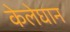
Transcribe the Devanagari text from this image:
केलेघान